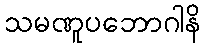
သမဏူပဘောဂါနိ